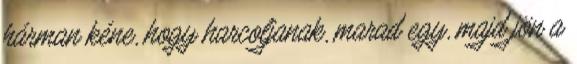
hárman kéne, hogy harcoljanak, marad egy, majd jön a